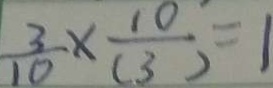
\frac { 3 } { 1 0 } \times \frac { 1 0 } { ( 3 ) } = 1